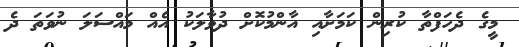
މީގެ ދެހަފްތާ ކުރިން ކަމަށާއި އާންމުކޮށް ދުވާލަކު އެއް މައްސަލަ ނުވަތަ ދެ